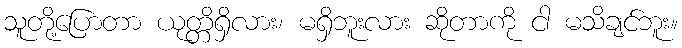
သူတို့ပြောတာ ယုတ္တိရှိလား၊ မရှိဘူးလား ဆိုတာကို ငါ မသိချင်ဘူး။